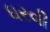
ધરવી